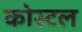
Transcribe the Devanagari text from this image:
कोस्‍टल